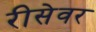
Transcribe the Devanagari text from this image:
रीसेवर